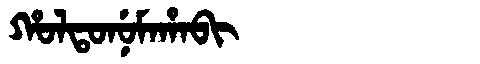
Manchu: ᡥᠣᠯᡨᠣᠨᡠᠮᠠᡥᠠᠪᡳ
Romanization: HOLTONUMAHABI